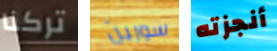
تركنا سورين أنجزته